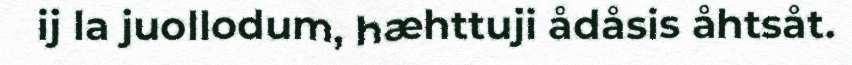
ij la juollodum, hæhttuji ådåsis åhtsåt.